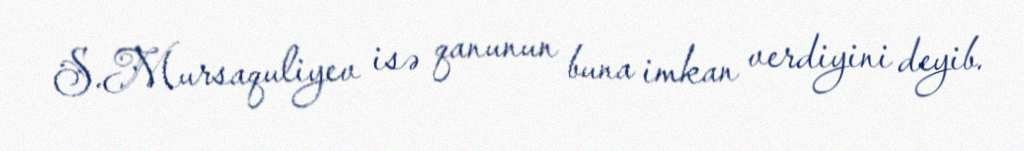
S.Mursaquliyev isə qanunun buna imkan verdiyini deyib.